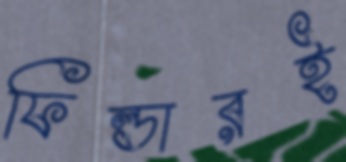
ফিল্ডারই